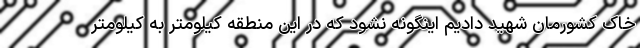
خاک کشورمان شهید دادیم اینگونه نشود که در این منطقه کیلومتر به کیلومتر